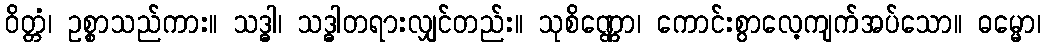
ဝိတ္တံ၊ ဥစ္စာသည်ကား။ သဒ္ဓါ၊ သဒ္ဓါတရားလျှင်တည်း။ သုစိဏ္ဏော၊ ကောင်းစွာလေ့ကျက်အပ်သော။ ဓမ္မော၊